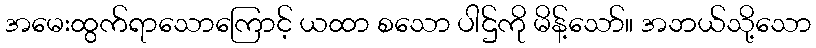
အမေးထွက်ရာသောကြောင့် ယထာ စသော ပါဌ်ကို မိန့်သော်။ အဘယ်သို့သော